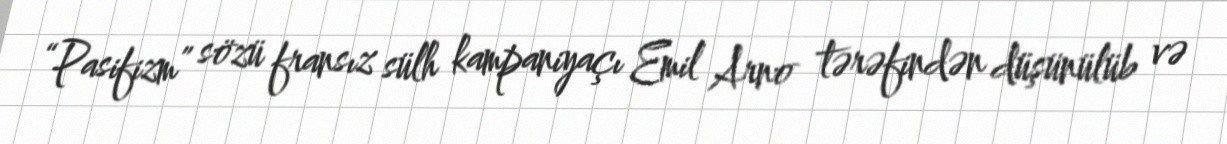
“Pasifizm” sözü fransız sülh kampaniyaçı Emil Arno tərəfindən düşünülüb və